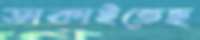
ডাকাইতেছ